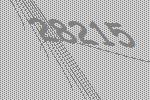
28215